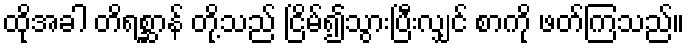
ထိုအခါ တိရစ္ဆာန် တို့သည် ငြိမ်၍သွားပြီးလျှင် စာကို ဖတ်ကြသည်။